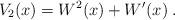
LaTeX: \begin{align*}V_2(x)=W^2(x)+W'(x)\;.\end{align*}